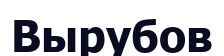
Вырубов